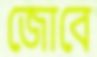
জোবে